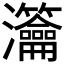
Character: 𤅰